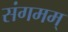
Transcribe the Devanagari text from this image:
संगमम्